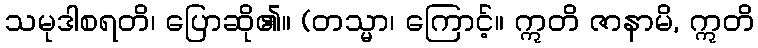
သမုဒါစရတိ၊ ပြောဆို၏။ (တသ္မာ၊ ကြောင့်။ ဣတိ ဇာနာမိ, ဣတိ